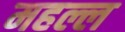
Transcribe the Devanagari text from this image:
महल्ल